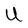
Character: U